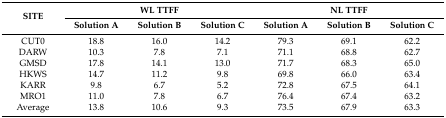
| <ROWSPAN=2> SITE | <COLSPAN=3> WL TTFF | <COLSPAN=3> NL TTFF |
 | Solution A | Solution B | Solution C | Solution A | Solution B | Solution C |
 | --- | --- | --- | --- | --- | --- | --- |
 | CUT0 | 18.8 | 16.0 | 14.2 | 79.3 | 69.1 | 62.2 |
 | DARW | 10.3 | 7.8 | 7.1 | 71.1 | 68.8 | 62.7 |
 | GMSD | 17.8 | 14.1 | 13.0 | 71.7 | 68.3 | 65.0 |
 | HKWS | 14.7 | 11.2 | 9.8 | 69.8 | 66.0 | 63.4 |
 | KARR | 9.8 | 6.7 | 5.2 | 72.8 | 67.5 | 64.1 |
 | MRO1 | 11.0 | 7.8 | 6.7 | 76.4 | 67.4 | 63.2 |
 | Average | 13.8 | 10.6 | 9.3 | 73.5 | 67.9 | 63.3 |